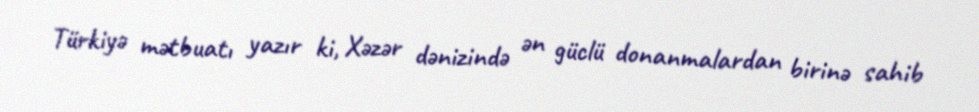
Türkiyə mətbuatı yazır ki, Xəzər dənizində ən güclü donanmalardan birinə sahib